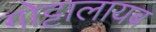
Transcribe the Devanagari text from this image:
गोट्टालायब